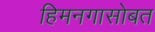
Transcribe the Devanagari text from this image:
हिमनगासोबत